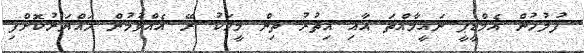
ފުލުހުން އެމްޑީޕީ ނައީމާއްތަ އާއި އިތުރު ތިން މީހަކު ރޭ އެއްވުމުން ހައްޔަރުކޮށްފި